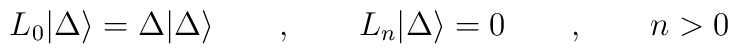
L_{0}|\Delta \rangle =\Delta |\Delta \rangle \qquad ,\qquad L_{n}|\Delta \rangle =0\qquad ,\qquad n>0